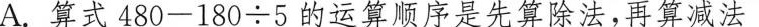
A.算式$$4 8 0 - 1 8 0 \div 5$$的运算顺序是先算除法，再算减法